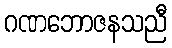
ဂဏဘောဇနသညီ